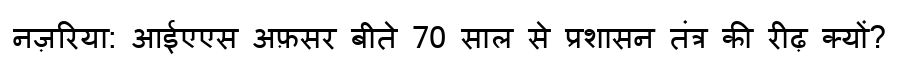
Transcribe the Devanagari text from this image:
नज़रिया: आईएएस अफ़सर बीते 70 साल से प्रशासन तंत्र की रीढ़ क्यों?